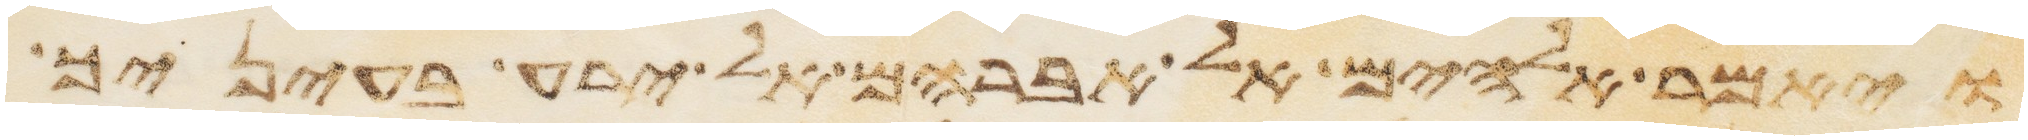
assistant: ויאמר אלהים אל אברהם אל ירע בעיניך